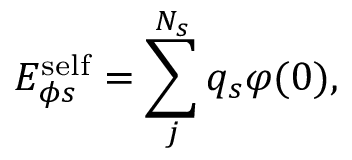
E _ { \phi s } ^ { \mathrm { s e l f } } = \sum _ { j } ^ { N _ { s } } q _ { s } \varphi ( 0 ) ,